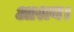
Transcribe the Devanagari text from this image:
आश्रय।